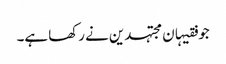
جو فقیہان مجتہدین نے رکھا ہے۔